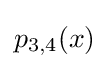
p_{3,4}(x)